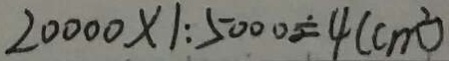
2 0 0 0 0 \times 1 : 5 0 0 0 = 4 ( c m ^ { 2 } )